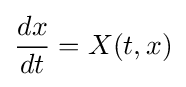
{\frac {dx}{dt}}=X(t,x)